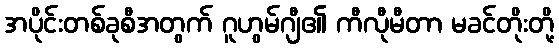
အပိုင်းတစ်ခုစီအတွက် ဂူဟွမ်ဂျီ၏ ကီလီုမီတာ မခင်တိုးတို့